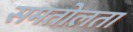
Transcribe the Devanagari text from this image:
समतोलता